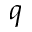
q